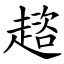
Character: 趦